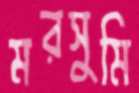
মরসুমি